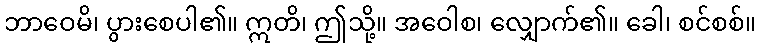
ဘာဝေမိ၊ ပွားစေပါ၏။ ဣတိ၊ ဤသို့။ အဝေါစ၊ လျှောက်၏။ ခေါ၊ စင်စစ်။